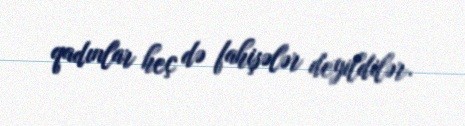
qadınlar heç də fahişələr deyildilər.